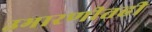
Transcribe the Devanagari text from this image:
उभारणीतही